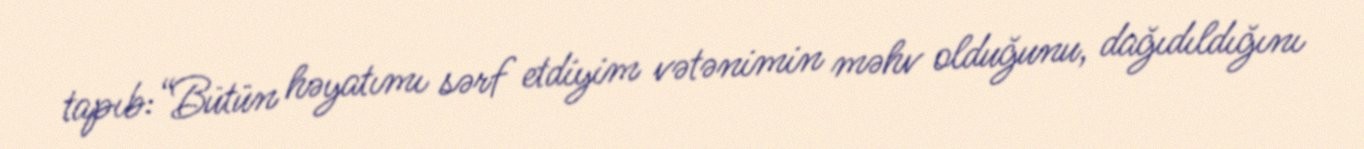
tapıb:“Bütün həyatımı sərf etdiyim vətənimin məhv olduğunu, dağıdıldığını